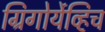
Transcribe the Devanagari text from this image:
ग्रिगोर्येव्हिच